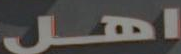
اهل